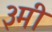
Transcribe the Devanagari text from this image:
३मी